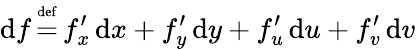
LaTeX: \operatorname{d}\! f\, {\overset{\underset{\mathrm{def}}{}}{=}}\, f_{x}^{\prime}\operatorname{d}\! x+f_{y}^{\prime}\operatorname{d}\! y+f_{u}^{\prime}\operatorname{d}\! u+f_{v}^{\prime}\operatorname{d}\! v